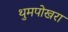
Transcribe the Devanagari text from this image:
थुमपोखरा